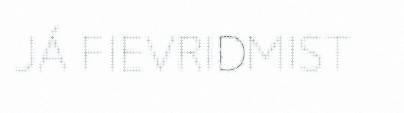
JÁ FIEVRIDMIST